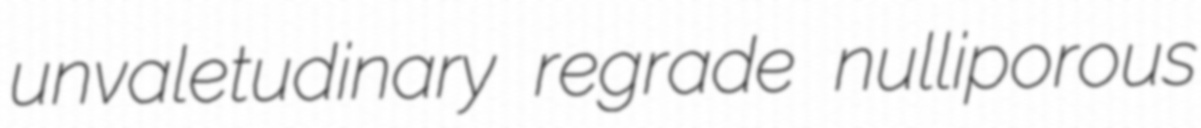
unvaletudinary regrade nulliporous